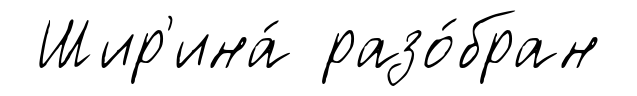
Шир'ина́ разо́бран